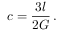
c = \frac { 3 l } { 2 G } \, .